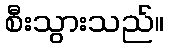
စီးသွားသည်။